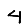
Digit: 4